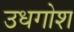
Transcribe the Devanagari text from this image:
उधगोश